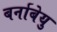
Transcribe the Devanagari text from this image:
बर्नाबेयु